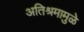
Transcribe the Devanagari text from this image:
अतिश्रमामुळे